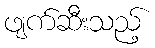
ဖျက်ဆီးသည့်